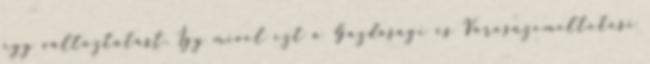
egy változtatást. Így mivel ezt a Gazdasági és Városüzemeltetési